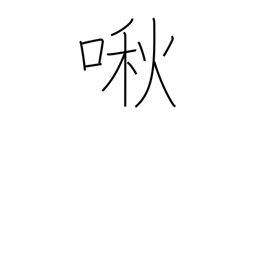
Meaning: whimper